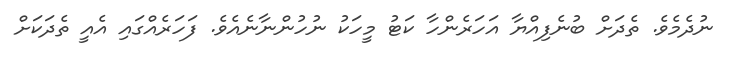
ނުދެމެވެ. ތެދަށް ބުނެފިއްޔާ އަހަރެންހާ ކަޓު މީހަކު ނުހުންނާނެއެވެ. ފަހަރެއްގައި އެއީ ތެދަކަށް